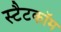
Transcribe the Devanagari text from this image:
स्टैटकॉम